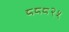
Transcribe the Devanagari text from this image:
८८८२५